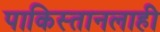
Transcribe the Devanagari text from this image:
पाकिस्तानलाही